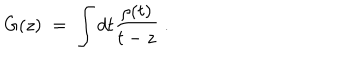
G ( z ) \; = \; \int d t \frac { \rho ( t ) } { t - z } \; .